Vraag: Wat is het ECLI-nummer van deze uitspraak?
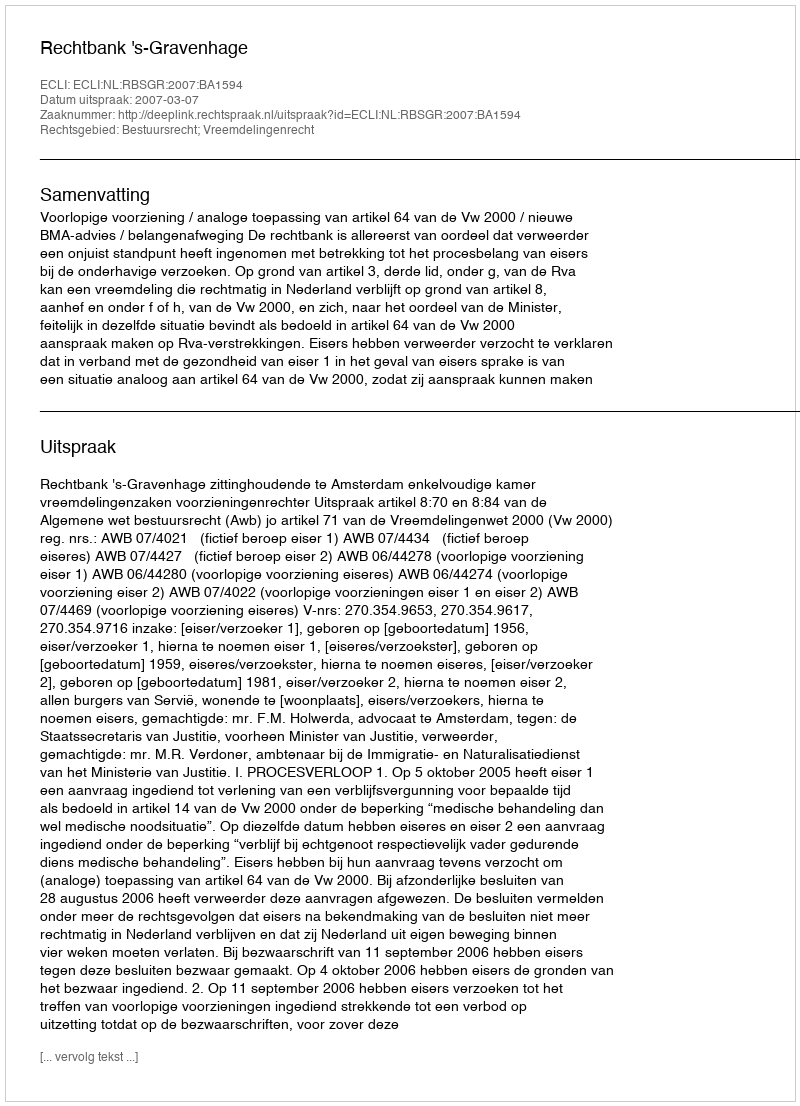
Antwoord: ECLI:NL:RBSGR:2007:BA1594